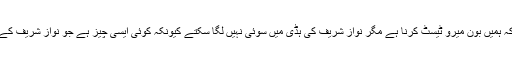
معالج نے عدالت کو بتایا کہ ہمیں بون میرو ٹیسٹ کرنا ہے مگر نواز شریف کی ہڈی میں سوئی نہیں لگا سکتے کیونکہ کوئی ایسی چیز ہے جو نواز شریف کے پلیٹلیٹس تباہ کر رہی ہے۔